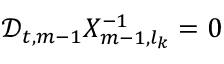
\mathscr { D } _ { t , m - 1 } X _ { m - 1 , l _ { k } } ^ { - 1 } = 0